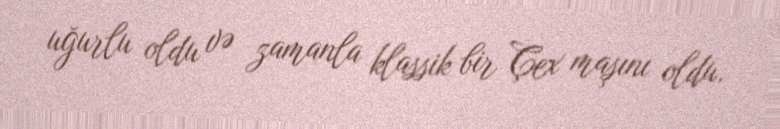
uğurlu oldu və zamanla klassik bir Çex maşını oldu.